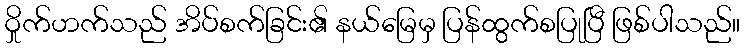
ဝှိုက်ဟက်သည် အိပ်စက်ခြင်း၏ နယ်မြေမှ ပြန်ထွက်စပြုပြီ ဖြစ်ပါသည်။